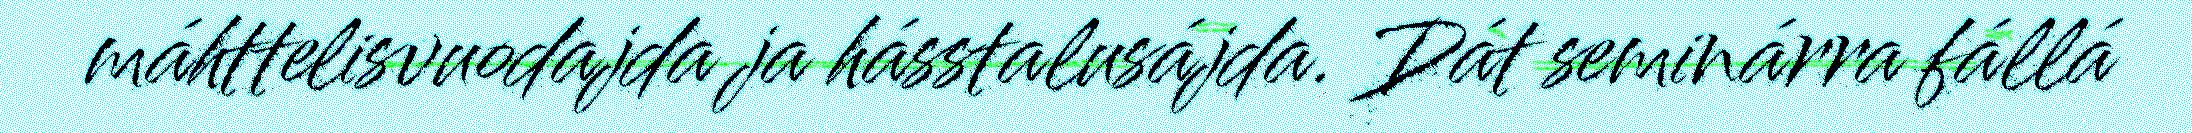
máhttelisvuodajda ja hásstalusájda. Dát seminárra fállá